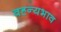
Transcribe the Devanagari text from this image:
वह्न्यभाव